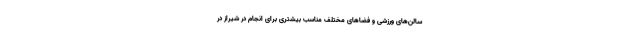
سالن‌های ورزشی و فضاهای مختلف مناسب بیشتری برای انجام در شیراز در